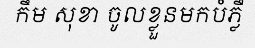
កឹម សុខា ចូលខ្លួនមកបំភ្លឺ